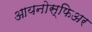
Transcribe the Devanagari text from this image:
आयनोस्फिअर